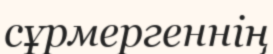
сұрмергеннің